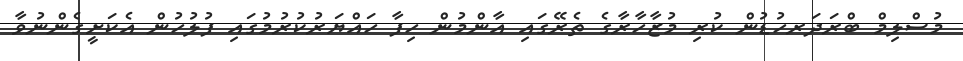
މުސްލިމް ބްރަދަރހުޑުން ކުރި މުޒާހާރާގެ ތެރޭގައި އާންމުން ހިފާ ހައްޔަރުކުރުމުގައި ފުލުހުން އެކަށީގެންނުވާ